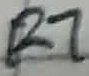
Text: R7